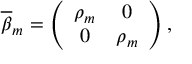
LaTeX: \overline { { { \beta } } } _ { m } = \left( \begin{array} { c c } { { \rho _ { m } } } & { { 0 } } \\ { { 0 } } & { { \rho _ { m } } } \end{array} \right) ,